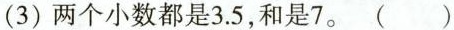
(3)两个小数都是3.5，和是7。( )